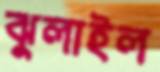
ঝুলাইল